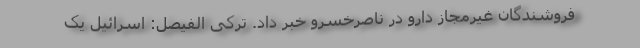
فروشندگان غیرمجاز دارو در ناصرخسرو خبر داد. ترکی الفیصل: اسرائیل یک